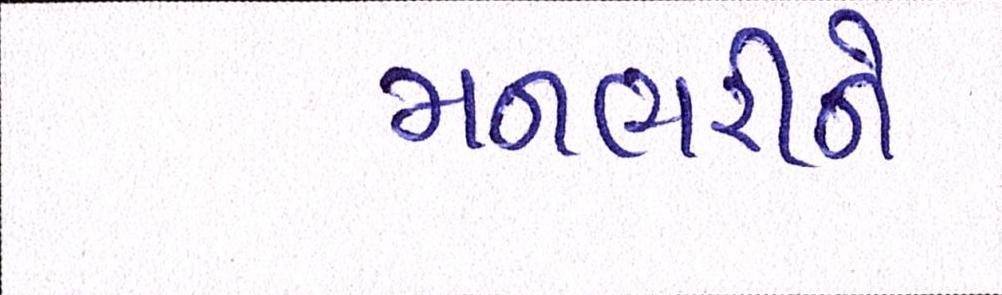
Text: મનભરીને